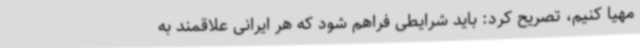
مهیا کنیم، تصریح کرد: باید شرایطی فراهم شود که هر ایرانی علاقمند به